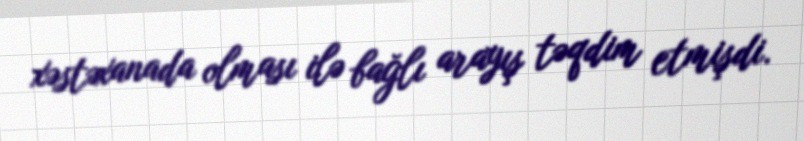
xəstəxanada olması ilə bağlı arayış təqdim etmişdi.